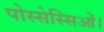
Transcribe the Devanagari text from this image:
पोस्सेस्सिओं।